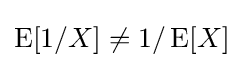
\operatorname {E} [1/X]\neq 1/\operatorname {E} [X]